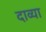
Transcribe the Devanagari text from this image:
दाव्या